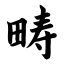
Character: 畴